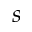
s